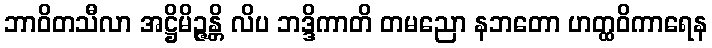
ဘာဝိတသီလာ အဋ္ဌိမိဉ္ဇန္တိ လိပ ဘဒ္ဒိကာတိ တမညော နဘတော ဟတ္ထဝိကာရေန